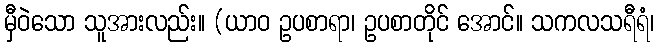
မှီဝဲသော သူအားလည်း။ (ယာဝ ဥပစာရာ၊ ဥပစာတိုင် အောင်။ သကလသရီရံ၊